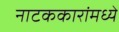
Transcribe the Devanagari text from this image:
नाटककारांमध्ये